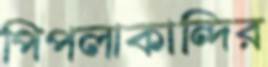
পিপলাকান্দির